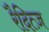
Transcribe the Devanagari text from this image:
रैदित्ज़